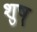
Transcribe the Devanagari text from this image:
शुष्